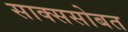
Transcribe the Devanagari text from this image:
साक्ससोबत